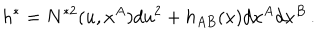
h ^ { \ast } = { N } ^ { \ast 2 } ( u , x ^ { A } ) d u ^ { 2 } + h _ { A B } ( x ) d x ^ { A } d x ^ { B } \, .